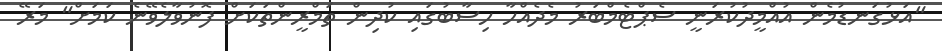
"އަޅުގަނޑުމެން އުއްމީދުކުރަނީ ސެޕްޓެމްބަރު މެދެއްހާ ހިސާބުގައި ކުދިން ތަމްރީންތަކަށް ފޮނުވާލެވޭނެ ކަމަށް" މަރޭ